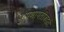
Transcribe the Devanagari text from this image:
कुंपणापलीकडले